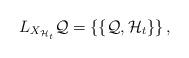
LaTeX: \begin{align*}L_{X_{\mathcal{H}_t}}\mathcal{Q}=\left\{\left\{\mathcal{Q},\mathcal{H}_t\right\}\right\},\end{align*}